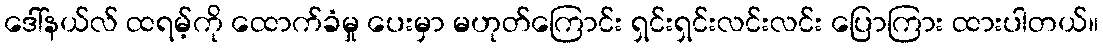
ဒေါ်နယ်လ် ထရမ့်ကို ထောက်ခံမှု ပေးမှာ မဟုတ်ကြောင်း ရှင်းရှင်းလင်းလင်း ပြောကြား ထားပါတယ်။